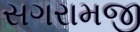
સગરામજી